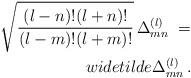
LaTeX: \begin{align*}\sqrt{\frac{(l-n)!(l+n)!}{(l-m)!(l+m)!}}\, \Delta^{(l)}_{mn}\ =\\widetilde\Delta^{(l)}_{mn}\,.\end{align*}